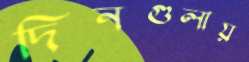
দিনগুলায়